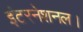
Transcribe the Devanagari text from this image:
इंटरनेशनल।